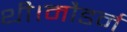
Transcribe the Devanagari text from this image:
थी।मौडर्न